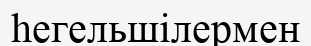
һегельшілермен